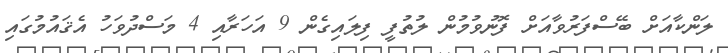
ލަންކާއަށް ބޭސްފަރުވާއަށް ފޮނުވުމުން ލުތުފީ ފިލައިގެން 9 އަހަރާއި 4 މަސްދުވަހު އެޤައުމުގައި